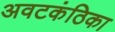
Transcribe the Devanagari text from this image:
अवटकंठिका